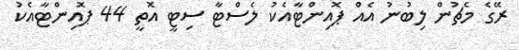
ރޭގެ މެޗުން ލިބުނު އެއް ޕޮއިންޓާއެކު ލެސްޓާ ސިޓީ އޮތީ 44 ޕޮއިންޓާއެކު